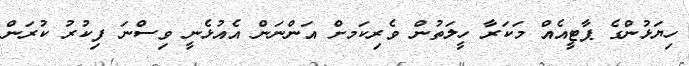
ހިޔަޅުންގެ ޕާޓީއެއް މަކަރާ ހީލަތުން ވެރިކަމށް އަންނަން އެއުޅެނީ ވިސްނަ ފިކުރު ކުރަން